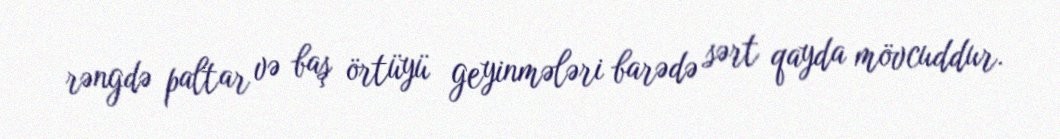
rəngdə paltar və baş örtüyü geyinmələri barədə sərt qayda mövcuddur.